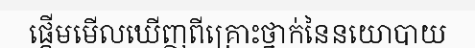
ផ្តើមមើលឃើញពីគ្រោះថ្នាក់នៃនយោបាយ